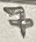
Text: 7